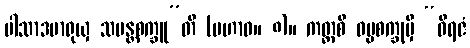
ပါသာဒမာရုယှ သမန္တစက္ခူ”တိ (မဟာဝ။ ၈)။ ကတ္ထစိ ဓမ္မစက္ခုမှိ “ဝိရဇံ